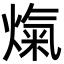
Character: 熂